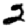
Digit: 2